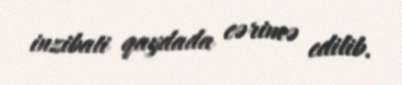
inzibati qaydada cərimə edilib.